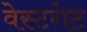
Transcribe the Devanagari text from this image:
वेस्टगेट